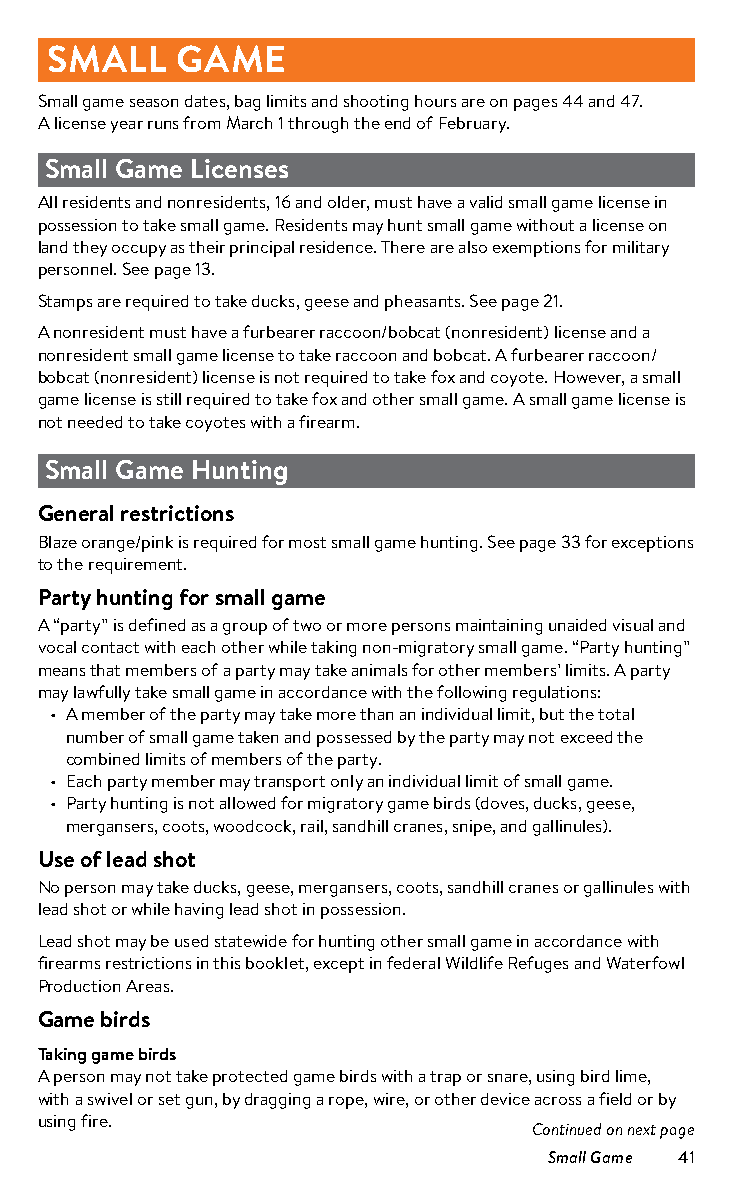
SMALL    GAME
 Small game season dates, bag limits and shooting hours are on pages 44 and 47.
 A license year runs from March 1 through the end of February.
 Small Game Licenses
 All residents and nonresidents, 16 and older, must have a valid small game license in
 possession to take small game. Residents may hunt small game without a license on
 land they occupy as their principal residence. There are also exemptions for military
 personnel. See page 13.
 Stamps are required to take ducks, geese and pheasants. See page 21.
 A nonresident must have a furbearer raccoon/bobcat (nonresident) license and a
 nonresident small game license to take raccoon and bobcat. A furbearer raccoon/
 bobcat (nonresident) license is not required to take fox and coyote. However, a small
 game license is still required to take fox and other small game. A small game license is
 not needed to take coyotes with a firearm.
 Small Game Hunting
 General restrictions
 Blaze orange/pink is required for most small game hunting. See page 33 for exceptions
 to the requirement.
 Party hunting for small game
 A “party” is defined as a group of two or more persons maintaining unaided visual and
 vocal contact with each other while taking non- migratory small game. “Party hunting”
 means that members of a party may take animals for other members’ limits. A party
 may lawfully take small game in accordance with the following regulations:
 • A member of the party may take more than an individual limit, but the total
 number of small game taken and possessed by the party may not exceed the
 combined limits of members of the party.
 • Each party member may transport only an individual limit of small game.
 • Party hunting is not allowed for migratory game birds (doves, ducks, geese,
 mergansers, coots, woodcock, rail, sandhill cranes, snipe, and gallinules).
 Use of lead shot
 No person may take ducks, geese, mergansers, coots, sandhill cranes or gallinules with
 lead shot or while having lead shot in possession.
 Lead shot may be used statewide for hunting other small game in accordance with
 firearms restrictions in this booklet, except in federal Wildlife Refuges and Waterfowl
 Production Areas.
 Game birds
 Taking game birds
 A person may not take protected game birds with a trap or snare, using bird lime,
 with a swivel or set gun, by dragging a rope, wire, or other device across a field or by
 using fire.
 Continued on next page
 Small Game 41